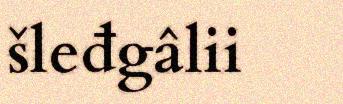
šleđgâlii